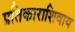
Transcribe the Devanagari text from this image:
प्रतिकाराशिवाय